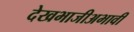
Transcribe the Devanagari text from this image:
देखभाजीअभावी